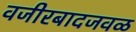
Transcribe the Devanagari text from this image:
वजीरबादजवळ